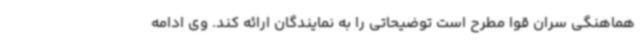
هماهنگی سران قوا مطرح است توضیحاتی را به نمایندگان ارائه کند. وی ادامه